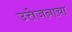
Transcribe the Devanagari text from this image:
उत्तेजनाचा